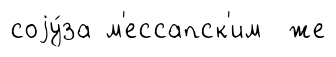
соjу́за м'ессапск'им же